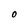
Character: 0